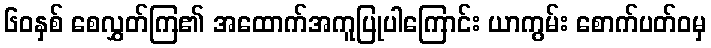
၆၀နှစ် စေလွှတ်ကြ၏ အထောက်အကူပြုပါကြောင်း ယာကွမ်း စောက်ပတ်ဝမှ